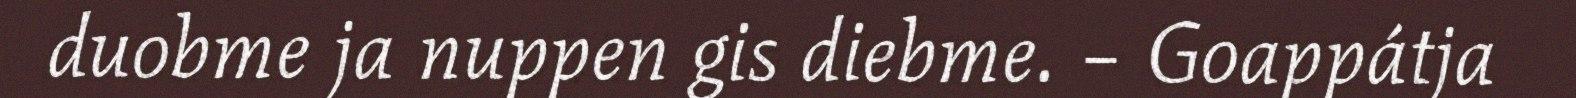
duobme ja nuppen gis diebme. – Goappátja